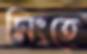
সিংহে